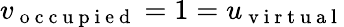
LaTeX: v_{\mathrm{~o~c~c~u~p~i~e~d~}}=1=u_{\mathrm{~v~i~r~t~u~a~l~}}